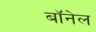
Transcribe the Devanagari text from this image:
बॉनेल